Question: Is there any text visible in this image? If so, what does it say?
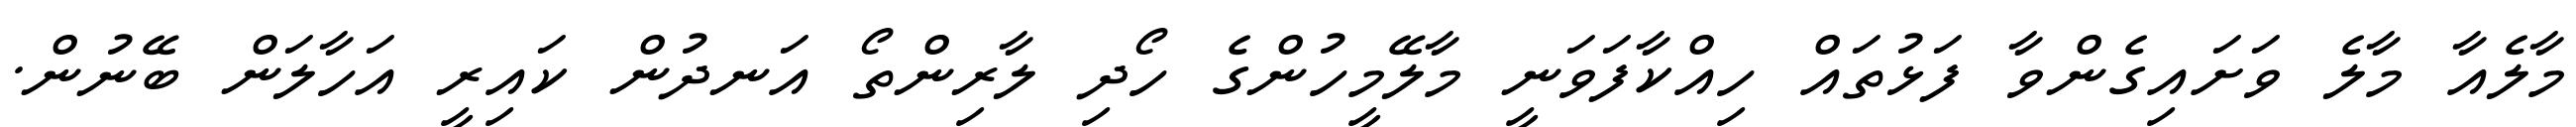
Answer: މާލެއާ މާލެ ވަށައިގެންވާ ފަޅުތައް ހިއްކާފަވަނީ މާލޭމީހުންގެ ހޯދި ލާރިންތޯ އަނދުން ކައިރީ އަހާލަން ބޭނުން.